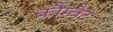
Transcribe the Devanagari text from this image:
कौम्बैट